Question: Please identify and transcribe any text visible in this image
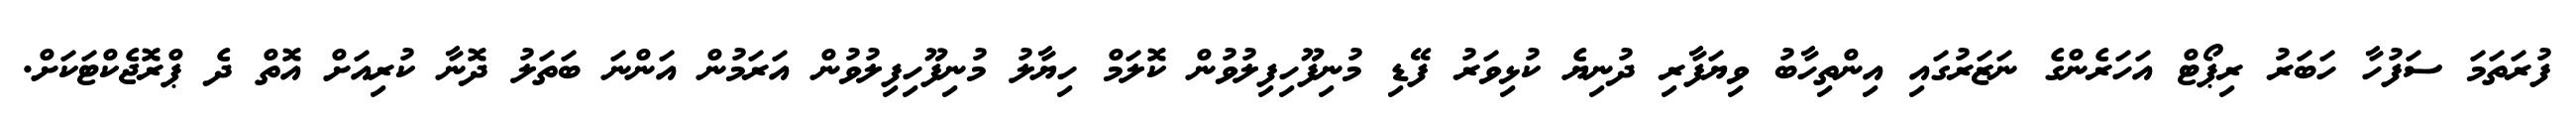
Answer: ފުރަތަމަ ސަފުހާ ހަބަރު ރިޕޯޓް އަހަރެންގެ ނަޒަރުގައި އިންތިހާބު ވިޔަފާރި ދުނިޔެ ކުޅިވަރު ފޭޑި މުނިފޫހިފިލުވުން ކޮލަމް ހިޔާލު މުނިފޫހިފިލުވުން އަރަމުން އަންނަ ބަތަލު ދޮނާ ކުރިއަށް އޮތް ދެ ޕްރޮޖެކްޓަކަށް.